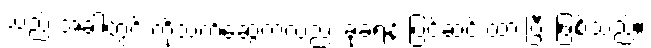
သည် အခါတွင် ကိုသက်ဆွေကလည်း ခုခံရန် ပြင်ဆင် ထားပြီး ဖြစ်သည်။